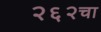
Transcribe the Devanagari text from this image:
२६२चा